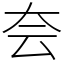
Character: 夽